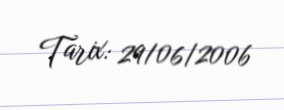
Tarix: 29/06/2006